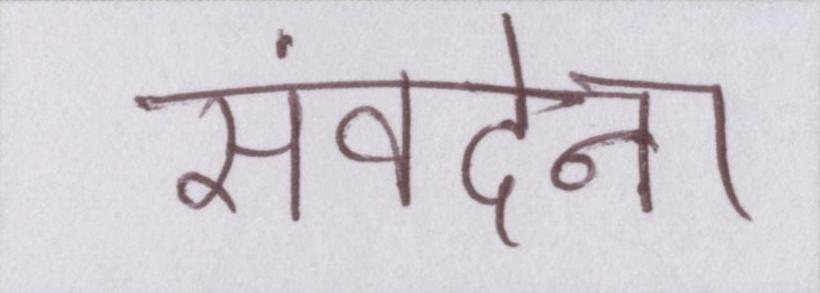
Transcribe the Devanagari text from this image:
संवदेना